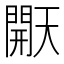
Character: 𰿠